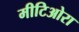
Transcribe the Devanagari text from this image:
मीटिओरा